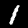
Digit: 1